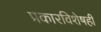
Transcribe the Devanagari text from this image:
प्रकारविशेषही